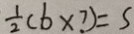
\frac { 1 } { 2 } ( b \times ? ) = 5